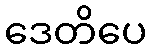
ဒေတိပေ